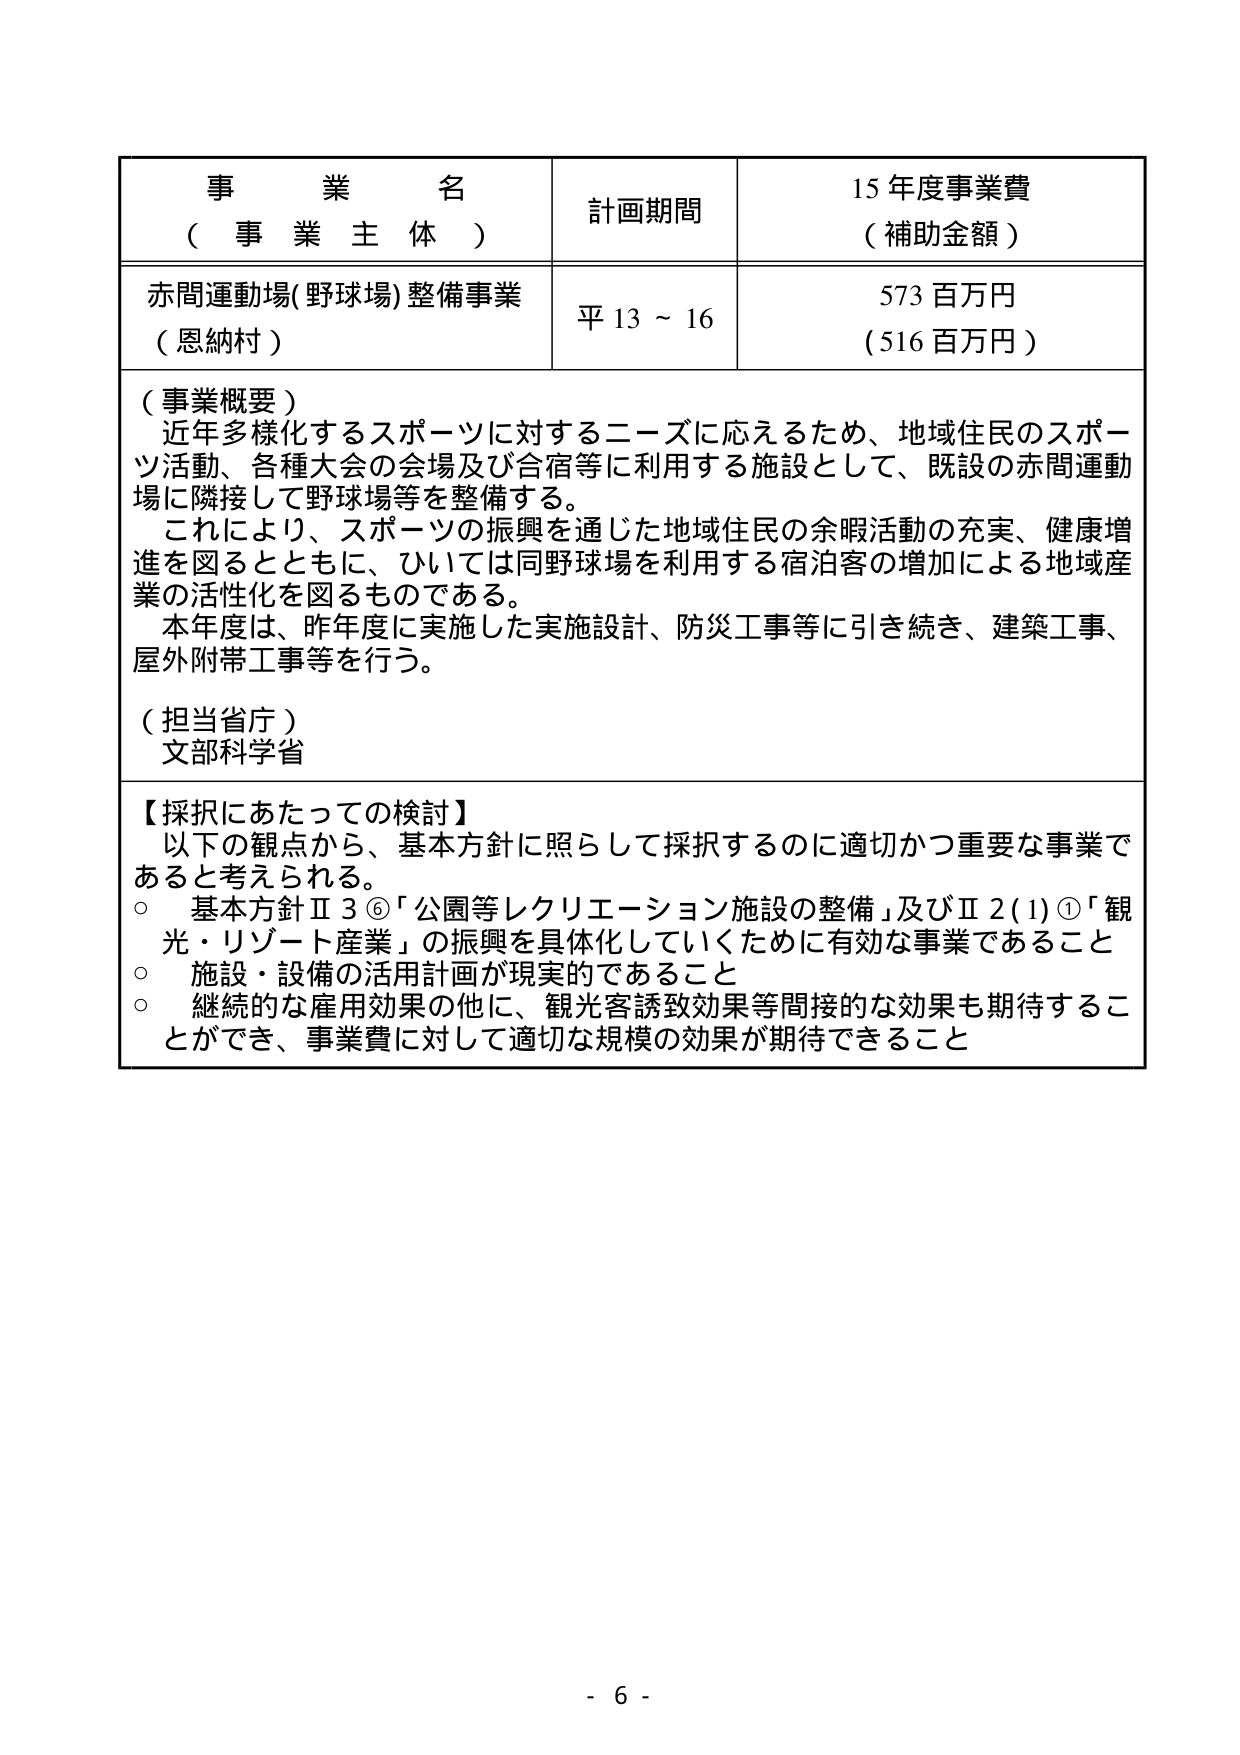
事 業 名
（ 事 業 主 体 ）
計画期間
15 年度事業費
（ 補助金額 ）

赤間運動場(野球場)整備事業
（恩納村）
平 13 ～ 16
573 百万円
（516 百万円）

（事業概要）
近年多様化するスポーツに対するニーズに応えるため、地域住民のスポーツ活動、各種大会の会場及び合宿等に利用する施設として、既設の赤間運動場に隣接して野球場等を整備する。
これにより、スポーツの振興を通じた地域住民の余暇活動の充実、健康増進を図るとともに、ひいては同野球場を利用する宿泊客の増加による地域産業の活性化を図るものである。
本年度は、昨年度に実施した実施設計、防災工事等に引き続き、建築工事、屋外附帯工事等を行う。

（担当省庁）
文部科学省

【採択にあたっての検討】
以下の観点から、基本方針に照らして採択するのに適切かつ重要な事業であると考えられる。
○ 基本方針Ⅱ 3 ⑥「公園等レクリエーション施設の整備」及びⅡ 2 (1) ①「観光・リゾート産業」の振興を具体化していくために有効な事業であること
○ 施設・設備の活用計画が現実的であること
○ 継続的な雇用効果の他に、観光客誘致効果等間接的な効果も期待することができ、事業費に対して適切な規模の効果が期待できること

- 6 -